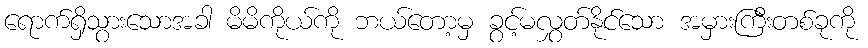
ရောက်ရှိသွားသောအခါ မိမိကိုယ်ကို ဘယ်တော့မှ ခွင့်မလွှတ်နိုင်သော အမှားကြီးတစ်ခုကို